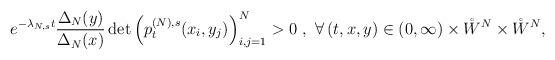
LaTeX: \begin{align*}e^{-\lambda_{N,s}t}\frac{\Delta_N(y)}{\Delta_N(x)}\det\left(p^{(N),s}_t(x_i,y_j)\right)^N_{i,j=1}>0 \ ,\ \forall \left(t,x,y\right)\in (0,\infty) \times \mathring{W}^N \times \mathring{W}^N,\end{align*}